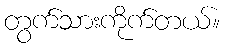
တွက်သားကိုက်တယ်။